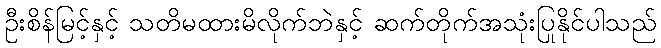
ဦးစိန်မြင့်နှင့် သတိမထားမိလိုက်ဘဲနှင့် ဆက်တိုက်အသုံးပြုနိုင်ပါသည်